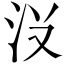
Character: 𱥺